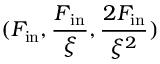
( F _ { \mathrm { i n } } , \frac { \d F _ { \mathrm { i n } } } { \d \xi } , \frac { \d ^ { 2 } F _ { \mathrm { i n } } } { \d \xi ^ { 2 } } )